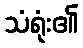
သံရုံး၏